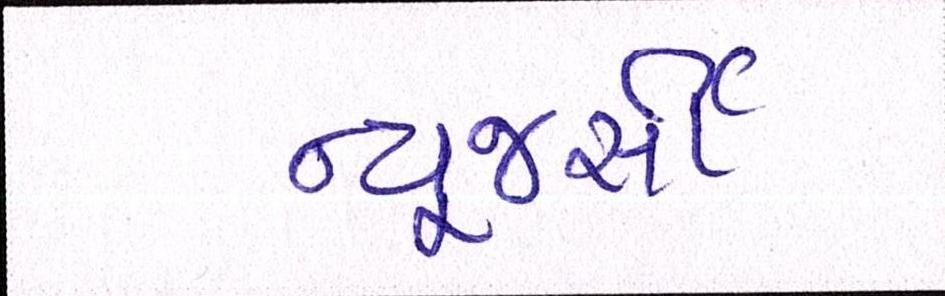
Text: ન્યૂજર્સી